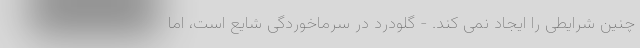
چنین شرایطی را ایجاد نمی کند. - گلودرد در سرماخوردگی شایع است، اما